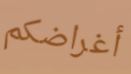
أغراضكم